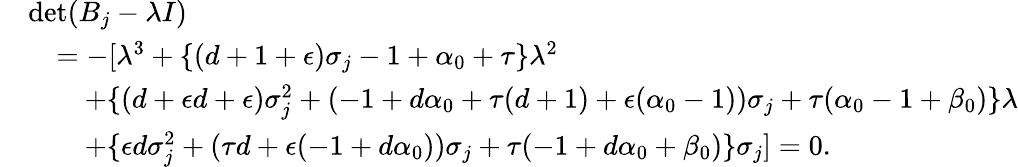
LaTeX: \begin{array}{rl}&{\mathrm{det}(B_{j}-\lambda I)}\\ &{\quad=-[\lambda^{3}+\{ (d+1+{\epsilon})\sigma_{j}-1+\alpha_{0}+\tau\} \lambda^{2}}\\ &{\qquad+\{ (d+{\epsilon}d+{\epsilon})\sigma_{j}^{2}+(-1+d\alpha_{0}+\tau(d+1)+{\epsilon}(\alpha_{0}-1))\sigma_{j}+\tau(\alpha_{0}-1+\beta_{0})\} \lambda}\\ &{\qquad+\{ {\epsilon}d\sigma_{j}^{2}+(\tau d+{\epsilon}(-1+d\alpha_{0}))\sigma_{j}+\tau(-1+d\alpha_{0}+\beta_{0})\} \sigma_{j}]=0.}\end{array}